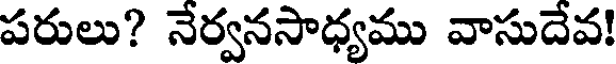
పరులు? నేర్వనసాధ్యము వాసుదేవ!